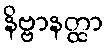
နိဗ္ဗာနတ္ထာ